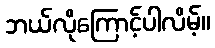
ဘယ်လိုကြောင့်ပါလိမ့်။